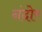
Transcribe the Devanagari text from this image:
नंदोर